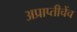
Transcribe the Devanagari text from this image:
अप्राप्तीचेंच